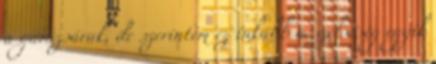
a garázsárak, de szerintem ez inkább a szélsőség egyik